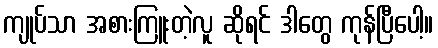
ကျုပ်သာ အစားကြူးတဲ့လူ ဆိုရင် ဒါတွေ ကုန်ပြီပေါ့။